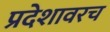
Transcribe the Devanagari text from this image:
प्रदेशावरच